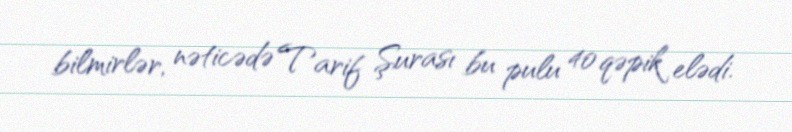
bilmirlər, nəticədə Tarif Şurası bu pulu 40 qəpik elədi.